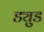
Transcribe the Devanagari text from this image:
ड्युड